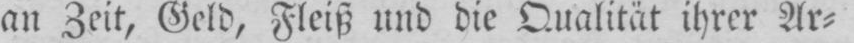
an Zeit, Geld, Fleiß und die Qualität ihrer Ar⸗